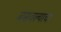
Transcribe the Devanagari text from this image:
बसवल्याचा